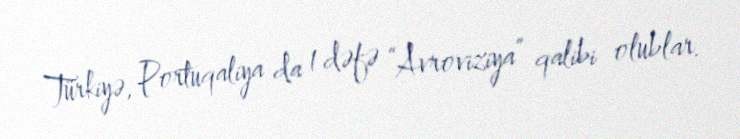
Türkiyə, Portuqaliya da 1 dəfə “Avroviziya” qalibi olublar.